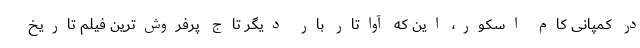
در کمپانی کام اسکور، این که آواتار بار دیگر تاج پرفروش‌ترین فیلم تاریخ